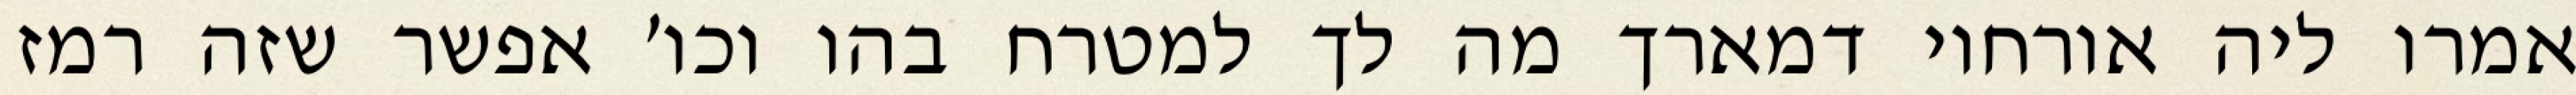
אמרו ליה אורחוי דמארך מה לך למטרח בהו וכו׳ אפשר שזה רמז